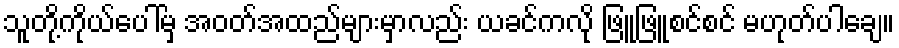
သူတို့ကိုယ်ပေါ်မှ အဝတ်အထည်များမှာလည်း ယခင်ကလို ဖြူဖြူစင်စင် မဟုတ်ပါချေ။